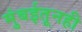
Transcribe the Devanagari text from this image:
मुंबईतूनही